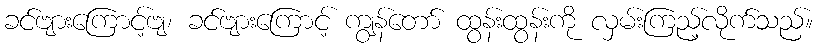
ခင်ဗျားကြောင့်ဗျ၊ ခင်ဗျားကြောင့် ကျွန်တော် ထွန်းထွန်းကို လှမ်းကြည့်လိုက်သည်။